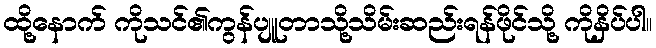
ထို့နောက် ကိုသင်၏ကွန်ပျူတာသို့သိမ်းဆည်းရန်ဖိုင်သို့ ကိုနှိပ်ပါ။